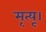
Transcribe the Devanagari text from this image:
मृत्यू।